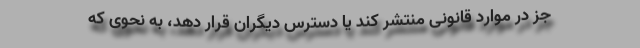
جز در موارد قانونی منتشر کند یا دسترس دیگران قرار دهد، به نحوی که